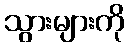
သွားများကို